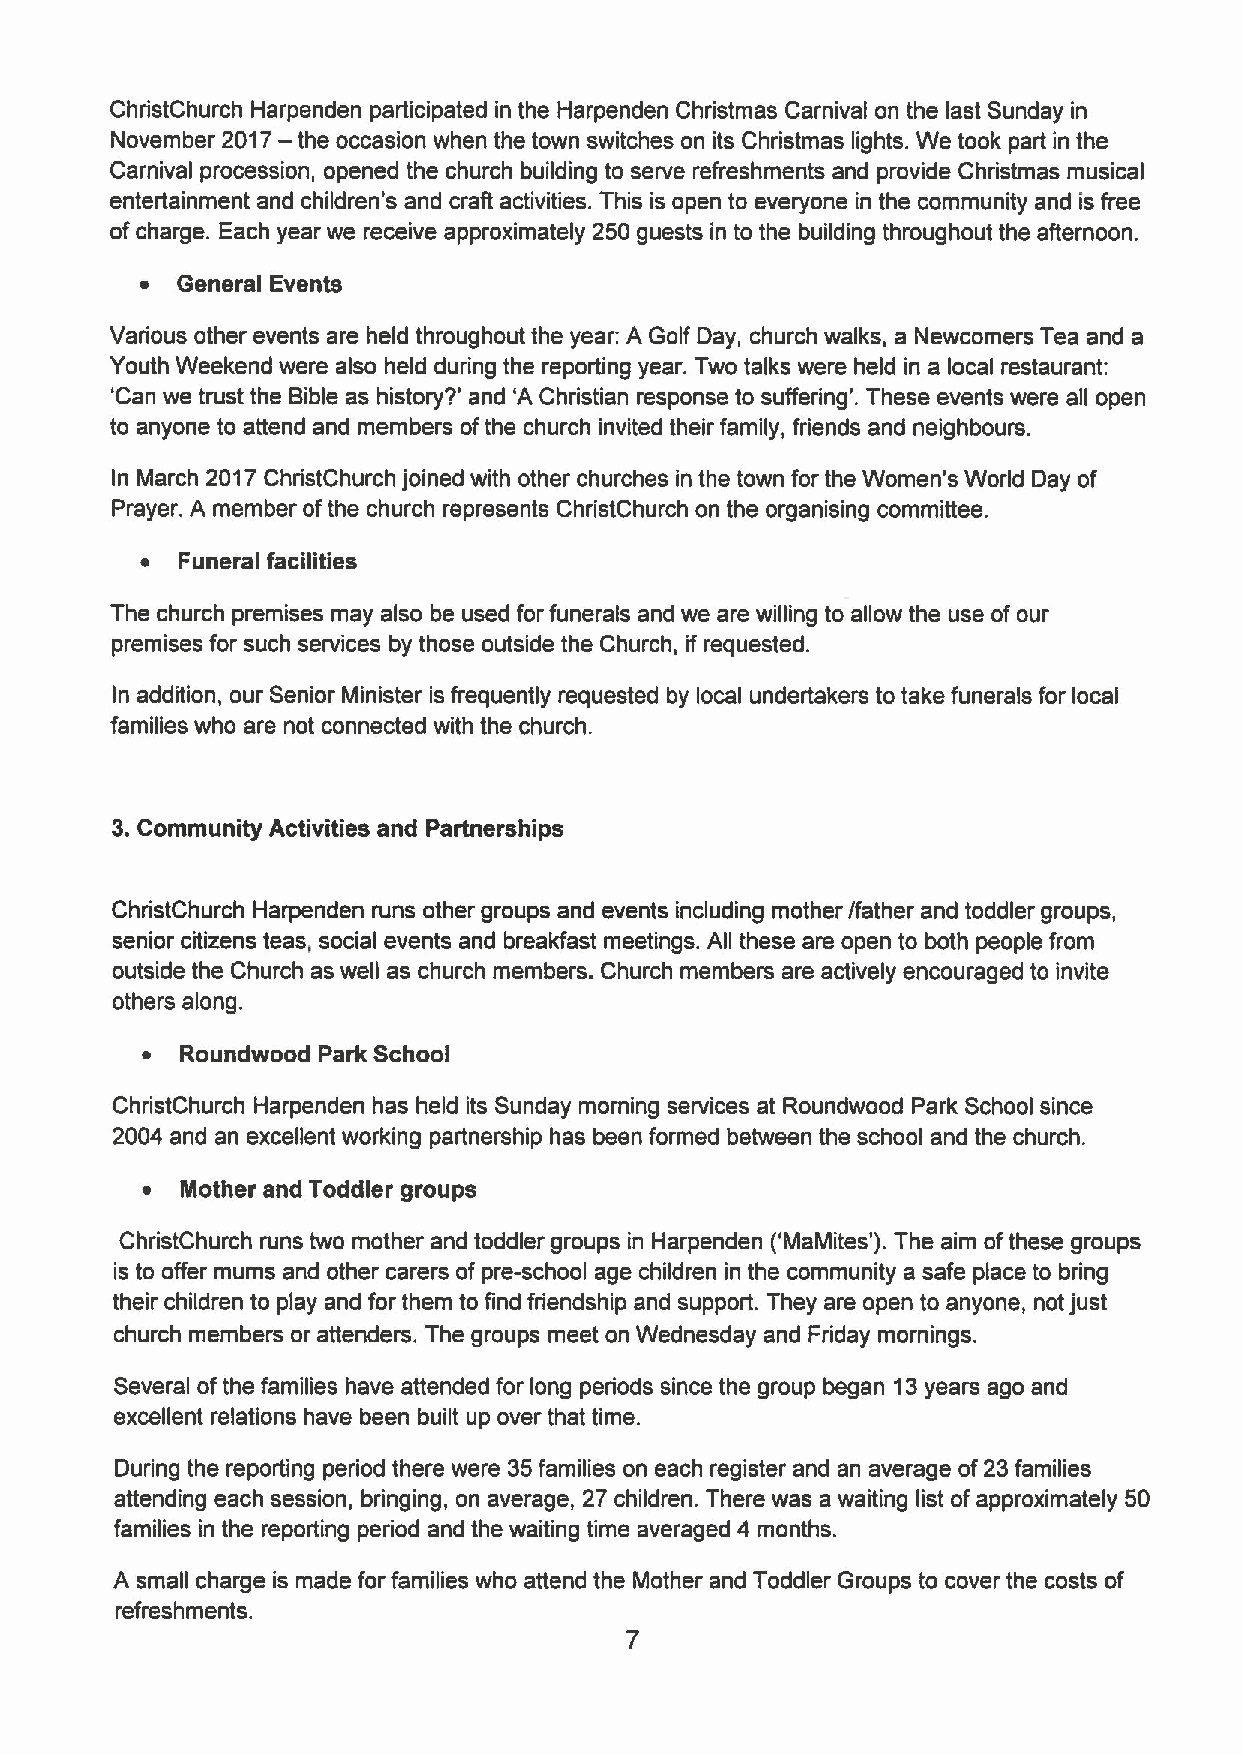
ChristChurch Harpenden participated in the Harpenden Christmas Carnival on the last Sunday in
 —
 November 2017 the occasion when the town switches on its Christmas lights. We took part in the
 Carnival procession, opened the church building to serve refreshments and provide Christmas musical
 entertainment and children's and craft activities. This is open to everyone in the community and is free
 ofcharge. Each year we receive approximately 250 guests in to the building throughout the afternoon.
 ~  General Events
 Various other events are held throughout the year: A Golf Day, church walks, a Newcomers Tea and a
 Youth Weekend were also held during the reporting year. Two talks were held in a local restaurant:
 'Can we trust the Bible as history?' and 'A Christian response to suffering'. These events were all open
 to anyone to attend and members ofthe church invited their family, friends and neighbours.
 In March 2017ChristChurch joined with other churches in the town for the Women's World Day of
 Prayer. A member ofthe church represents ChristChurch on the organising committee.
 ~  Funeral facilities
 The church premises may also be used for funerals and we are willing to allow the use of our
 premises for such services by those outside the Church, if requested.
 In addition, our Senior Minister is frequently requested by local undertakers to take funerals for local
 families who are not connected with the church.
 3.Community Activities and Partnerships
 ChristChurch Harpenden runs other groups and events including mother/father and toddler groups,
 senior citizens teas, social events and breakfast meetings. All these are open to both people from
 outside the Church as well as church members. Church members are actively encouraged to invite
 others along.
 ~  Roundwood Park School
 ChristChurch Harpenden has held its Sunday morning services at Roundwood Park School since
 2004 and an excellent working partnership has been formed between the school and the church.
 ~  Mother and Toddler groups
 ChristChurch runs two mother and toddler groups in Harpenden ('MaMites'). The aim ofthese groups
 is to offer mums and other carers of pre-school age children in the community a safe place to bring
 their children to play and for them to find friendship and support. They are open to anyone, not just
 church members or attenders. The groups meet on Wednesday and Friday mornings.
 Several ofthe families have attended for long periods since the group began 13years ago and
 excellent relations have been built up over that time.
 During the reporting period there were 35families on each register and an average of23families
 attending each session, bringing, on average, 27 children. There was a waiting list ofapproximately 50
 families in the reporting period and the waiting time averaged 4 months.
 A small charge is made for families who attend the Mother and Toddler Groups to cover the costs of
 refreshments.
 7